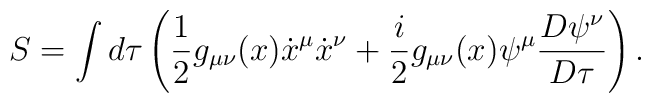
S=\int d\tau\left( \frac12 g_{\mu\nu}(x)\dot{x}^\mu \dot{x}^\nu + \frac{i}{2} g_{\mu\nu}(x)\psi^\mu\frac{D\psi^\nu}{D\tau}\right) .